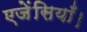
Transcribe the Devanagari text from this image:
एजेंसियाँ।